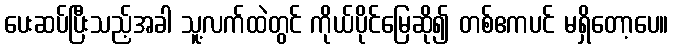
ပေးဆပ်ပြီးသည့်အခါ သူ့လက်ထဲတွင် ကိုယ်ပိုင်မြေဆို၍ တစ်ဧကပင် မရှိတော့ပေ။